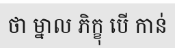
ថា ម្នាល ភិក្ខុ បើ កាន់